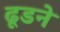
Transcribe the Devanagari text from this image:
ढूडने